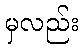
မှလည်း